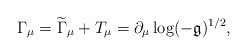
\begin{align*}\Gamma _{\mu }=\widetilde{\Gamma }_{\mu }+T_{\mu }=\partial _{\mu }\log (-\mathfrak{g})^{1/2}, \end{align*}